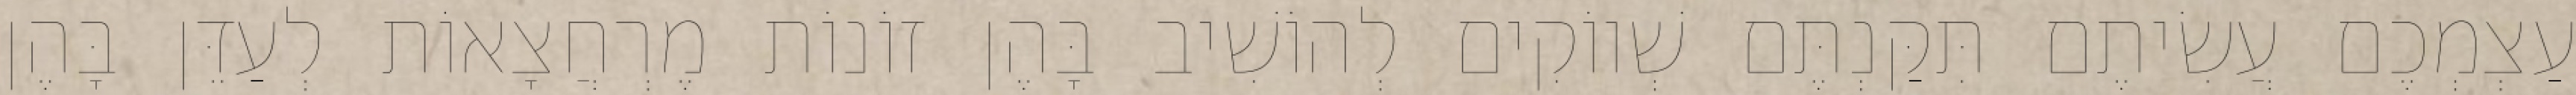
עַצְמְכֶם עֲשִׂיתֶם תִּקַּנְתֶּם שְׁווֹקִים לְהוֹשִׁיב בָּהֶן זוֹנוֹת מֶרְחֲצָאוֹת לְעַדֵּן בָּהֶן